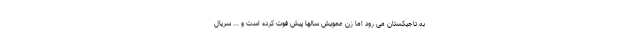
به تاجیکستان می رود اما زن عمویش سالها پیش فوت کرده است و ... سریال